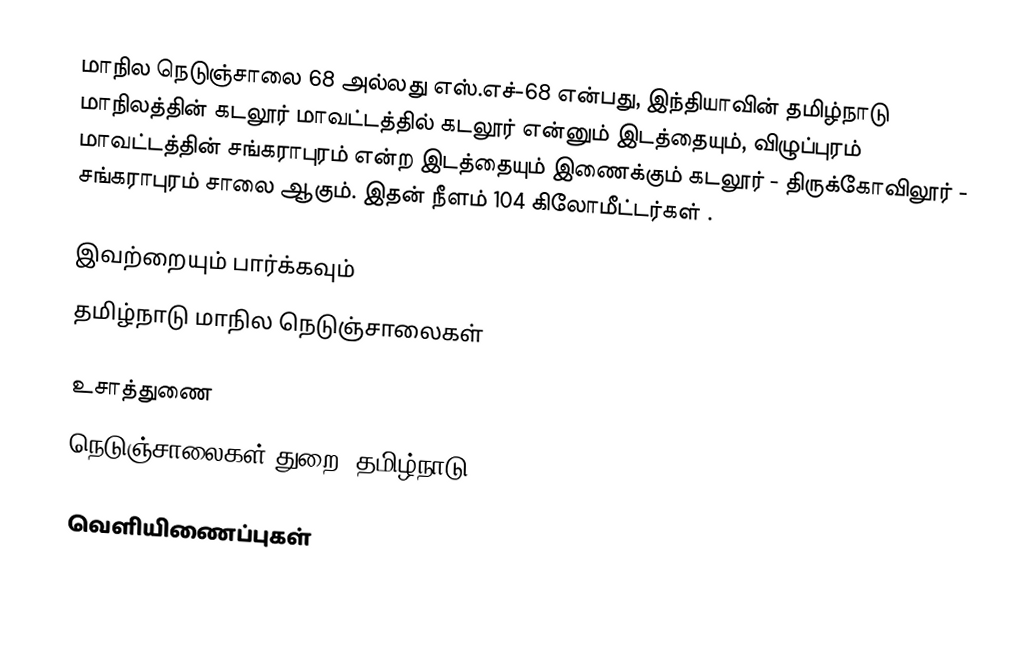
மாநில நெடுஞ்சாலை 68 அல்லது எஸ்.எச்-68 என்பது, இந்தியாவின் தமிழ்நாடு மாநிலத்தின் கடலூர் மாவட்டத்தில் கடலூர் என்னும் இடத்தையும், விழுப்புரம் மாவட்டத்தின் சங்கராபுரம் என்ற இடத்தையும் இணைக்கும் கடலூர் - திருக்கோவிலூர் - சங்கராபுரம் சாலை ஆகும். இதன் நீளம் 104  கிலோமீட்டர்கள் .

இவற்றையும் பார்க்கவும்
 தமிழ்நாடு மாநில நெடுஞ்சாலைகள்

உசாத்துணை
 நெடுஞ்சாலைகள் துறை, தமிழ்நாடு

வெளியிணைப்புகள்